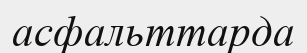
асфальттарда